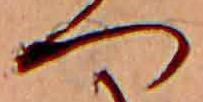
つ